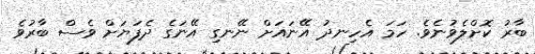
ބާރު ކޮށްލެވުނެވެ. ހަމަ އެހިނދު އޭނައަށް ނޭނގި އޭނަގެ ދެފަޔަށް ވެސް ބާރުވެ